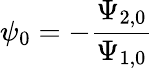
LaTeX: \psi_{0}=-\frac{\Psi_{2,0}}{\Psi_{1,0}}